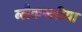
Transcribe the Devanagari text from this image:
ब्लैकस्लीया